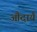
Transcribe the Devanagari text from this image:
औदार्यं